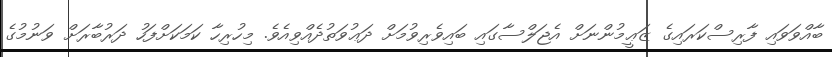
ބާއްވަވައި ފާރިސްކަރައިގެ ޒަޢީމުންނަށް އެޖަލްސާގައި ބައިވެރިވުމަށް ދަޢުވަތުދެއްވިއެވެ. މިހުރިހާ ކަމަކަށްފަހު ދަރުބާރަށް ވަނުމުގެ